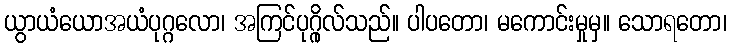
ယွာယံယောအယံပုဂ္ဂလော၊ အကြင်ပုဂ္ဂိုလ်သည်။ ပါပတော၊ မကောင်းမှုမှ။ သောရတော၊